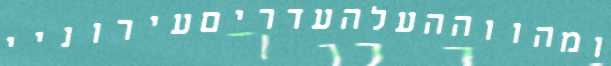
ומהווההעלהעדריםעירוניי